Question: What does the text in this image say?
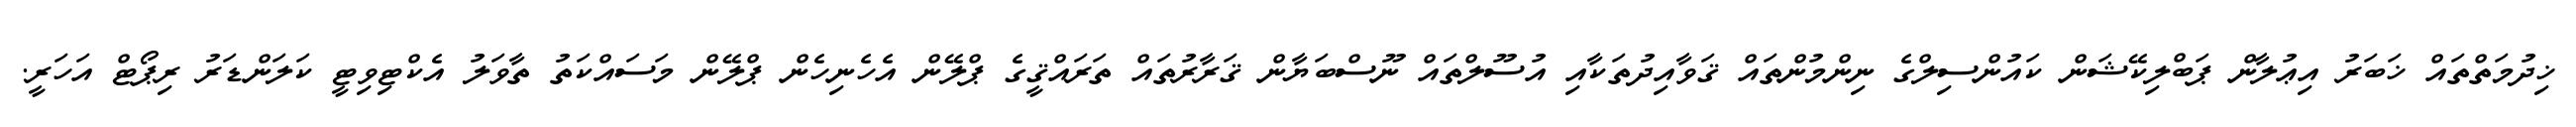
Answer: ޚިދުމަތްތައް ޚަބަރު އިޢުލާން ޕަބްލިކޭޝަން ކައުންސިލްގެ ނިންމުންތައް ޤަވާއިދުތަކާއި އުސޫލްތައް ނޫސްބަޔާން ޤަރާރުތައް ތަރައްޤީގެ ޕްލޭން އެހެނިހެން ޕްލޭން މަސައްކަތު ތާވަލު އެކްޓިވިޓީ ކަލަންޑަރު ރިޕޯޓް އަހަރީ.